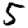
Digit: 5